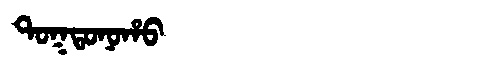
Manchu: ᡨᠣᡴᡨᠣᠨᠣᡥᠣ
Romanization: TOKTONOHO